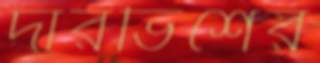
দারভিশের